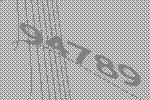
94789